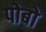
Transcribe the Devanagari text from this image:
पोबो